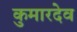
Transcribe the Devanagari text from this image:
कुमारदेव